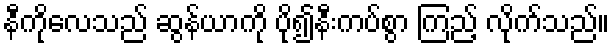
နီကိုလေသည် ဆွန်ယာကို ပို၍နီးကပ်စွာ ကြည့် လိုက်သည်။